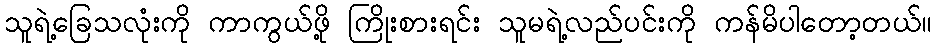
သူရဲ့ခြေသလုံးကို ကာကွယ်ဖို့ ကြိုးစားရင်း သူမရဲ့လည်ပင်းကို ကန်မိပါတော့တယ်။